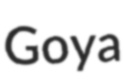
Goya